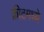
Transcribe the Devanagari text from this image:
क्रीटमध्ये